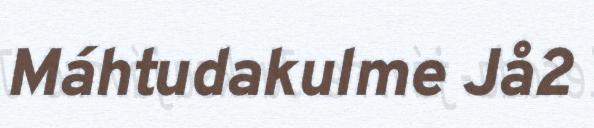
Máhtudakulme Jå2